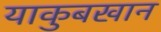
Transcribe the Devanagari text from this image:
याकुबखान